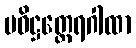
ပဝိဋ္ဌတ္ထေရဂါထာ